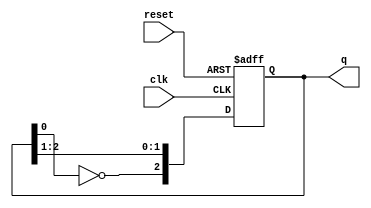
module johnson_counter (
    input wire clk,          // Clock input
    input wire reset,        // Asynchronous reset
    output reg [2:0] q       // 3-bit output
);

// State transition logic
always @(posedge clk or posedge reset) begin
    if (reset) begin
        q <= 3'b000;         // Initialize to 000 on reset
    end else begin
        // Johnson counter logic
        q[2] <= ~q[0];       // Invert the output of the last flip-flop to the first
        q[1] <= q[2];        // Shift the state of the flip-flops
        q[0] <= q[1];        // Shift the state of the flip-flops
    end
end

endmodule